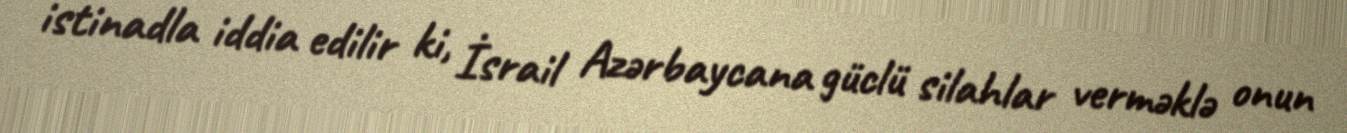
istinadla iddia edilir ki, İsrail Azərbaycana güclü silahlar verməklə onun